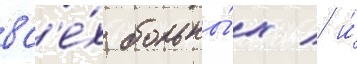
вс'е́х больны́х / и́